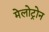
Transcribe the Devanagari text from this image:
मेलोट्रोन